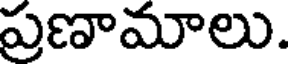
ప్రణామాలు.